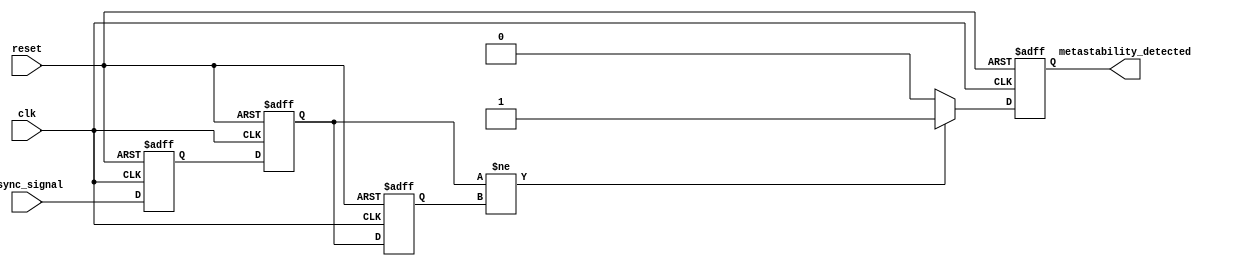
module metastability_detector (
    input wire clk,            // Sampling clock
    input wire async_signal,   // Asynchronous input signal
    input wire reset,          // Reset signal
    output reg metastability_detected // Output signal indicating metastability
);

// Internal signals
reg async_ff1;               // First D flip-flop
reg async_ff2;               // Second D flip-flop
reg async_ff2_prev;          // Previous state of the second flip-flop

// D Flip-Flops for sampling the asynchronous signal
always @(posedge clk or posedge reset) begin
    if (reset) begin
        async_ff1 <= 1'b0;
        async_ff2 <= 1'b0;
        async_ff2_prev <= 1'b0;
        metastability_detected <= 1'b0;
    end else begin
        async_ff1 <= async_signal; // Sample the asynchronous signal
        async_ff2 <= async_ff1;    // Sample the output of the first flip-flop
        async_ff2_prev <= async_ff2; // Store previous state of second flip-flop

        // Detect a change in the output of the second flip-flop
        if (async_ff2 != async_ff2_prev) begin
            metastability_detected <= 1'b1; // Set metastability detected signal
        end else begin
            metastability_detected <= 1'b0; // Clear the signal if no change
        end
    end
end

endmodule